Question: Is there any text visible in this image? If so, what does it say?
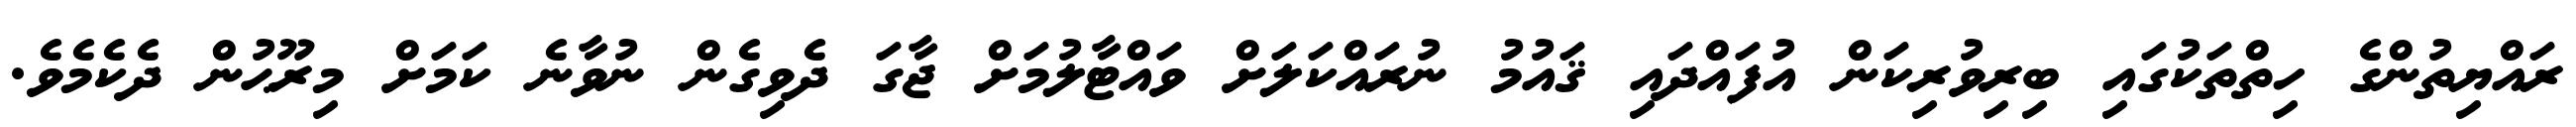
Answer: ރައްޔިތުންގެ ހިތްތަކުގައި ބިރިވުރިކަން އުފައްދައި ޤައުމު ނުރައްކަލަށް ވައްޓާލުމަށް ޖާގަ ދެވިގެން ނުވާނެ ކަމަށް މިރޫޙުން ދެކެމެވެ.